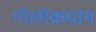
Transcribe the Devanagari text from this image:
गोलोकधाम